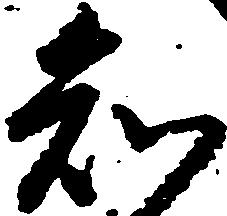
知